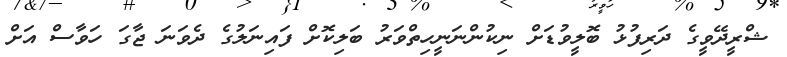
ޝްރީދޭވީގެ ދަރިފުޅު ބޮލީވުޑަށް ނިކުންނަނީހިތްވަރު ބަލިކޮށް ފައިނަލުގެ ދެވަނަ ޖާގަ ހަވާސް އަށް